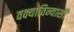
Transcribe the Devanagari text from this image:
वक्याविन्यासी